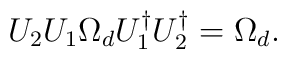
U_2 U_1 \Omega_d U_1^\dagger U_2^\dagger = \Omega_d.